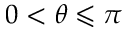
0 < \theta \leqslant \pi